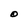
Character: O